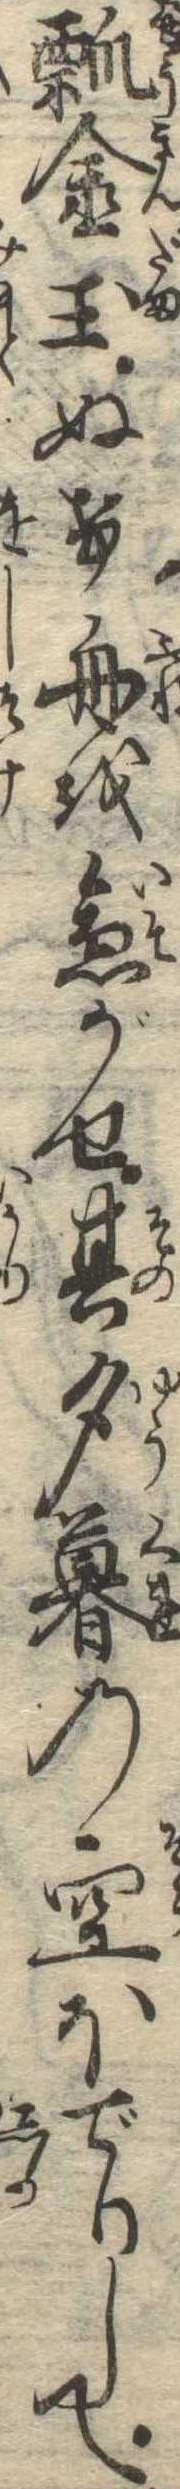
瓢金玉ぬけ舟を急がせ其夕暮の空ほでりして